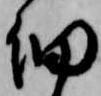
細